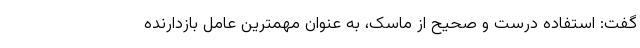
گفت: استفاده درست و صحیح از ماسک، به عنوان مهمترین عامل بازدارنده